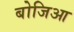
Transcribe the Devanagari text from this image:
बोजिआ